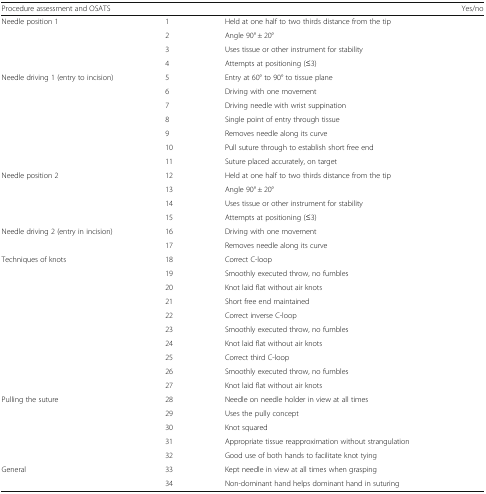
<table><thead><tr><td><b>Procedure assessment and OSATS</b></td><td></td><td></td><td><b>Yes/no</b></td></tr></thead><tbody><tr><td rowspan="4">Needle position 1</td><td>1</td><td>Held at one half to two thirds distance from the tip</td><td></td></tr><tr><td>2</td><td>Angle 90° ± 20°</td><td></td></tr><tr><td>3</td><td>Uses tissue or other instrument for stability</td><td></td></tr><tr><td>4</td><td>Attempts at positioning (≤3)</td><td></td></tr><tr><td rowspan="7">Needle driving 1 (entry to incision)</td><td>5</td><td>Entry at 60° to 90° to tissue plane</td><td></td></tr><tr><td>6</td><td>Driving with one movement</td><td></td></tr><tr><td>7</td><td>Driving needle with wrist suppination</td><td></td></tr><tr><td>8</td><td>Single point of entry through tissue</td><td></td></tr><tr><td>9</td><td>Removes needle along its curve</td><td></td></tr><tr><td>10</td><td>Pull suture through to establish short free end</td><td></td></tr><tr><td>11</td><td>Suture placed accurately, on target</td><td></td></tr><tr><td rowspan="4">Needle position 2</td><td>12</td><td>Held at one half to two thirds distance from the tip</td><td></td></tr><tr><td>13</td><td>Angle 90° ± 20°</td><td></td></tr><tr><td>14</td><td>Uses tissue or other instrument for stability</td><td></td></tr><tr><td>15</td><td>Attempts at positioning (≤3)</td><td></td></tr><tr><td rowspan="2">Needle driving 2 (entry in incision)</td><td>16</td><td>Driving with one movement</td><td></td></tr><tr><td>17</td><td>Removes needle along its curve</td><td></td></tr><tr><td rowspan="10">Techniques of knots</td><td>18</td><td>Correct C-loop</td><td></td></tr><tr><td>19</td><td>Smoothly executed throw, no fumbles</td><td></td></tr><tr><td>20</td><td>Knot laid flat without air knots</td><td></td></tr><tr><td>21</td><td>Short free end maintained</td><td></td></tr><tr><td>22</td><td>Correct inverse C-loop</td><td></td></tr><tr><td>23</td><td>Smoothly executed throw, no fumbles</td><td></td></tr><tr><td>24</td><td>Knot laid flat without air knots</td><td></td></tr><tr><td>25</td><td>Correct third C-loop</td><td></td></tr><tr><td>26</td><td>Smoothly executed throw, no fumbles</td><td></td></tr><tr><td>27</td><td>Knot laid flat without air knots</td><td></td></tr><tr><td rowspan="5">Pulling the suture</td><td>28</td><td>Needle on needle holder in view at all times</td><td></td></tr><tr><td>29</td><td>Uses the pully concept</td><td></td></tr><tr><td>30</td><td>Knot squared</td><td></td></tr><tr><td>31</td><td>Appropriate tissue reapproximation without strangulation</td><td></td></tr><tr><td>32</td><td>Good use of both hands to facilitate knot tying</td><td></td></tr><tr><td rowspan="2">General</td><td>33</td><td>Kept needle in view at all times when grasping</td><td></td></tr><tr><td>34</td><td>Non-dominant hand helps dominant hand in suturing</td><td></td></tr></tbody></table>